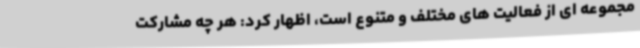
مجموعه ای از فعالیت های مختلف و متنوع است، اظهار کرد: هر چه مشارکت